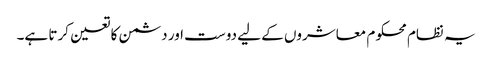
یہ نظام محکوم معاشروں کے لیے دوست اور دشمن کا تعین کرتا ہے۔